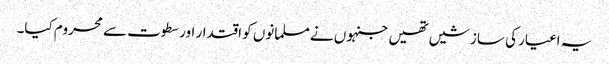
یہ اغیار کی سازشیں تھیں جنہوں نے مسلمانوں کو اقتدار اور سطوت سے محروم کیا۔